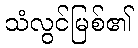
သံလွင်မြစ်၏